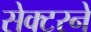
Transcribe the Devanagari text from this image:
सेक्टरने